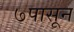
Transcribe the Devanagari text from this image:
७पासून